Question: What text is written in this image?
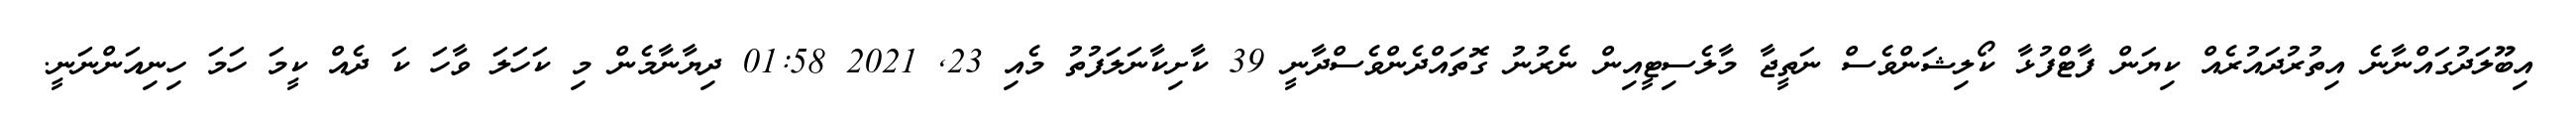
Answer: އިބޫލަދުގައްނާނެ އިތުރުދައުރެއް ކިޔަން ފާޓްފުޅާ ކޯލިޝަންވެސް ނަތީޖާ މާލެސިޓީއިން ނެރުނު ގޮތައްދެންވެސްދާނީ 39 ކާށިކާނަލަފުތު މެއި 23, 2021 01:58 ދިޔާނާމެން މި ކަހަލަ ވާހަ ކަ ދެއް ކީމަ ހަމަ ހިނިއަންނަނީ.